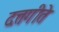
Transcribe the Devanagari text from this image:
दत्तगीते